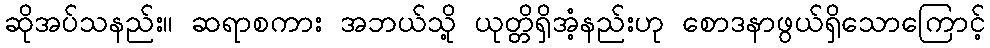
ဆိုအပ်သနည်း။ ဆရာစကား အဘယ်သို့ ယုတ္တိရှိအံ့နည်းဟု စောဒနာဖွယ်ရှိသောကြောင့်